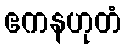
ဧကနဟုတံ